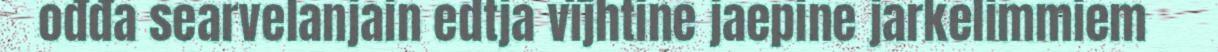
ođđa searvelanjain edtja vïjhtine jaepine jarkelimmiem